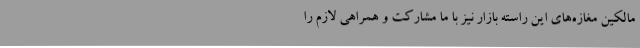
مالکین مغازه‌های این راسته بازار نیز با ما مشارکت و همراهی لازم را